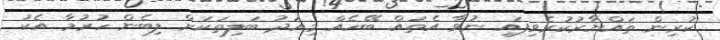
ކުރިން ތައްޔާރުކުރެވިފައި ނުވާ އެތައް ބޭހެއް މިއަދު ބަލިތަކަށް ލިބެން ހުރުމާ އެކު